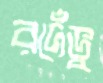
রদেঁভু